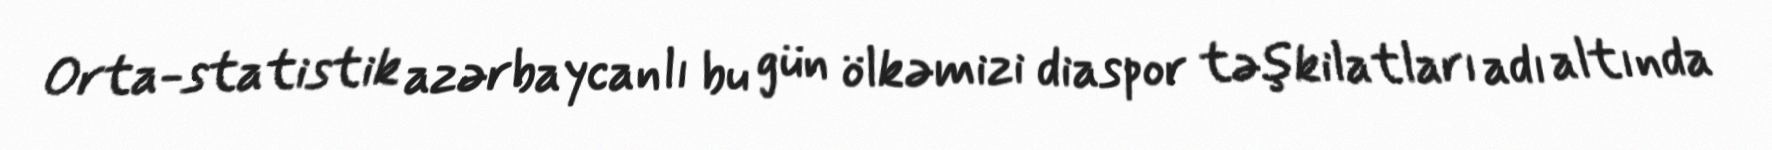
Orta-statistik azərbaycanlı bu gün ölkəmizi diaspor təşkilatları adı altında